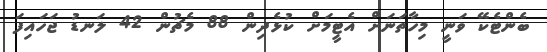
ބެންޓެކޭ ވަނީ މިހާތަނަށް އެޓީމަށް ކުޅެދިން 88 މެޗުން 42 ލަނޑު ޖަހައިފަ